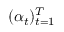
( \alpha _ { t } ) _ { t = 1 } ^ { T }